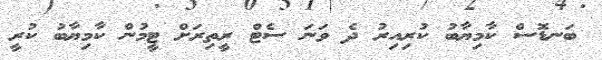
ބަނޑޮސް ކާމިޔާބު ކުރިއިރު ދެ ވަނަ ސެޓް ރީތިރަށް ޓީމުން ކާމިޔާބު ކުރީ